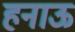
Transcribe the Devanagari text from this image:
हनाऊ